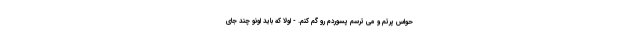
حواس پرتم و می ترسم پسوردم رو گم کنم. - اولاً که باید اونو چند جای